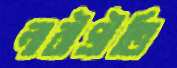
নারীপ্রীতি